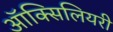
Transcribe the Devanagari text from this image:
ऑक्सिलियरी